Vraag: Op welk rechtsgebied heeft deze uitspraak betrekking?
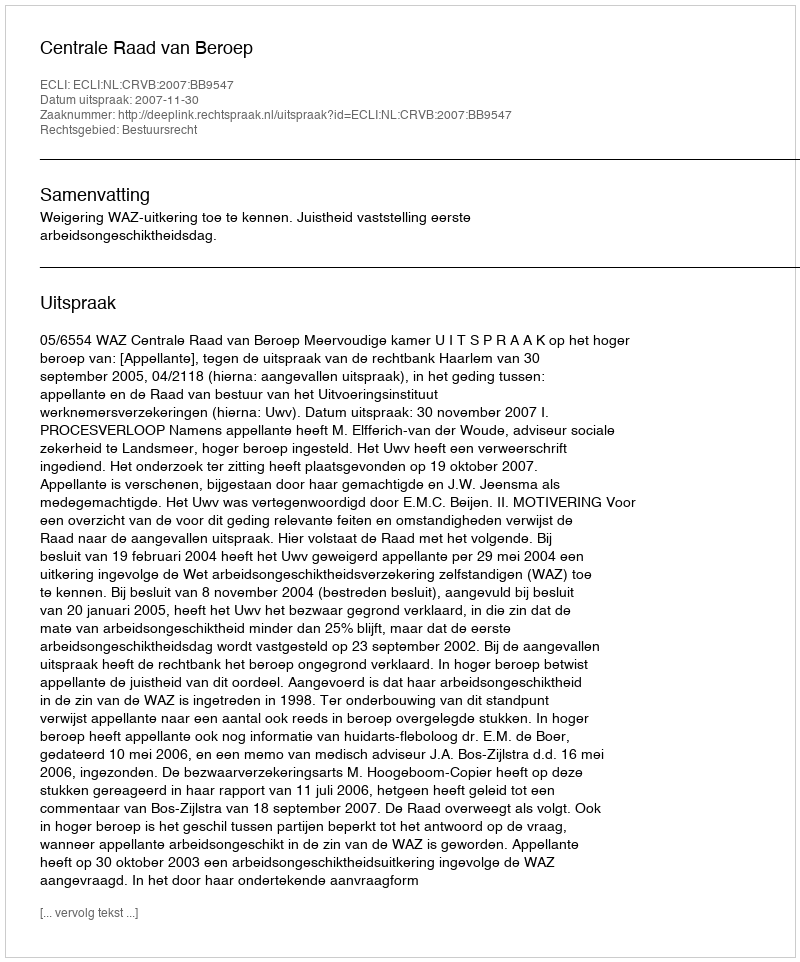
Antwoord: Bestuursrecht